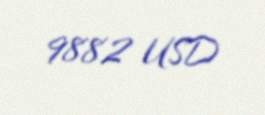
9882 USD